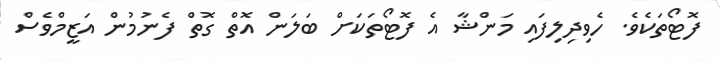
ފޮޓޯތަކެވެ. ހެވިދިލިފައި މަންޝާ އެ ފޮޓޯތަކަށް ބަލަން އޮތް ގޮތް ފެނުމުން އަޒީމްވެސް